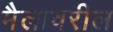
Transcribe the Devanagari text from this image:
मैलावरील